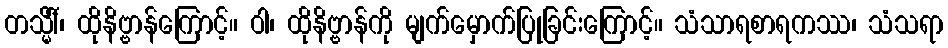
တသ္မိံါ်၊ ထိုနိဗ္ဗာန်ကြောင့်။ ဝါ၊ ထိုနိဗ္ဗာန်ကို မျက်မှောက်ပြုခြင်းကြောင့်။ သံသာရစာရကဿ၊ သံသရာ